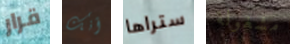
قرار أنك ستراها مشغولة